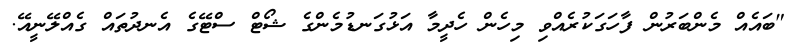
"ބައެއް މެންބަރުން ފާހަގަކުރެއްވި މިހެން ހެދީމާ އަޅުގަނޑުމެންގެ ޝޯޓް ސްޓޭގެ އެނދުތައް ގެއްލޭނީއޭ.